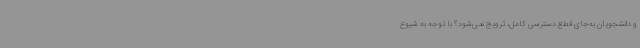
و دانشجویان به‌جای قطع دسترسی کامل، ترویج نمی‌شود؟ با توجه به شیوع